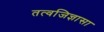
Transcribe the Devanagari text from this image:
तत्वजिज्ञासा